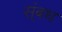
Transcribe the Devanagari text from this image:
स्ंबध